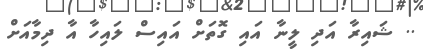
.. ޝައިރާ އަދި ލީނާ އައި ގޮތަށް އައިސް ލައިހާ އާ ދިމާއަށް